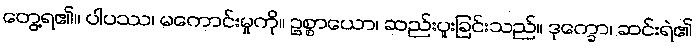
တွေ့ရ၏။ ပါပဿ၊ မကောင်းမှုကို။ ဥစ္စာယော၊ ဆည်းပူးခြင်းသည်။ ဒုက္ခော၊ ဆင်းရဲ၏